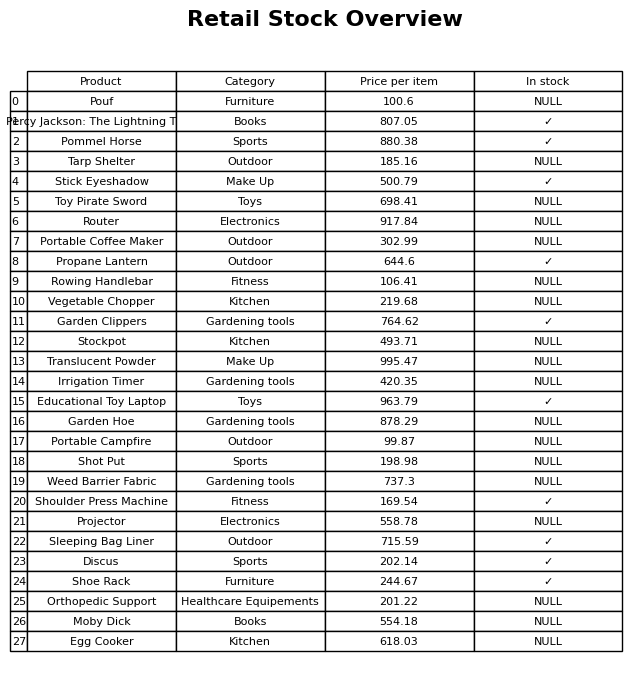
question: What is the stock status of the Orthopedic Support?
answer: NULL